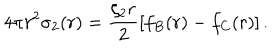
LaTeX: 4 \pi r ^ { 2 } \sigma _ { 2 } ( r ) = \frac { \zeta _ { 2 } r } { 2 } \left[ f _ { B } ( r ) - f _ { C } ( r ) \right] .